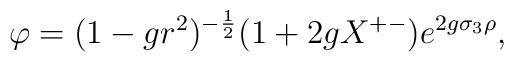
\varphi = (1 - g r^2)^{-{1\over 2}}(1 + 2g X^{+-})                          e^{2g\sigma_3 \rho} ,